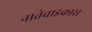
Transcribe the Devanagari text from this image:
नातेवाइकास